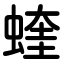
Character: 蝰